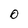
Character: 0